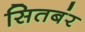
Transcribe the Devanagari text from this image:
सितबंर